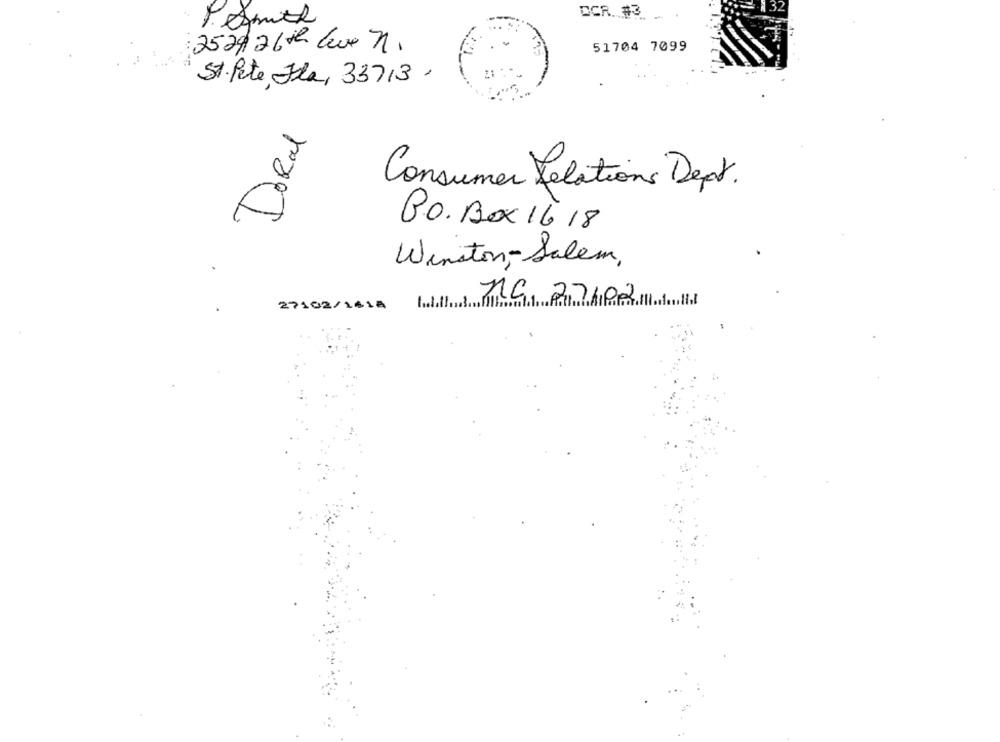
DCR. #3.
2529, 26 de Leve n.
51704 7099
St. Pete, Hla, 33713.
DoRal
Consumer Relations Dept.
P.O. Box 16 18
Winston - Salem,
MG 27/02/11
27102/1414